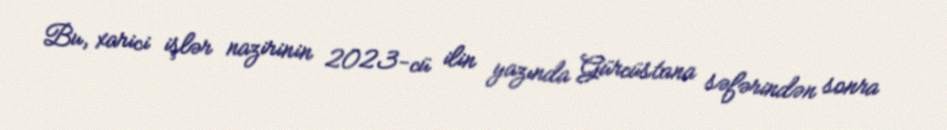
Bu, xarici işlər nazirinin 2023-cü ilin yazında Gürcüstana səfərindən sonra